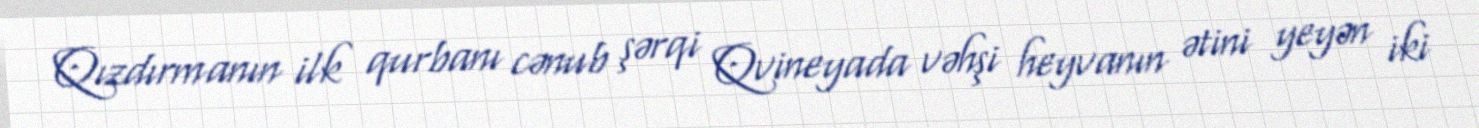
Qızdırmanın ilk qurbanı cənub şərqi Qvineyada vəhşi heyvanın ətini yeyən iki